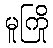
မူကြို